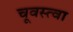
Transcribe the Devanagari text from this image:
चूवस्त्वा